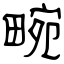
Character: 畹